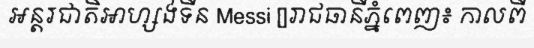
អន្តរជាតិអាហ្សង់ទីន Messi []រាជធានីភ្នំពេញ៖ កាលពី